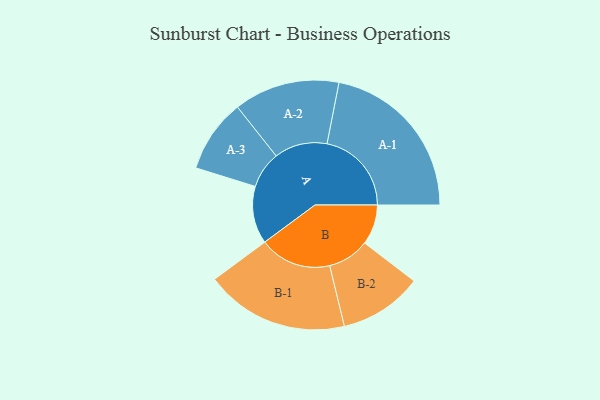
{"axis": {"x": "Segment", "y": "Value"}, "legend": ["", "A", "B"], "data": [{"x": "A", "y": 188, "type": ""}, {"x": "B", "y": 131, "type": ""}, {"x": "A-1", "y": 276, "type": "A"}, {"x": "A-2", "y": 173, "type": "A"}, {"x": "A-3", "y": 120, "type": "A"}, {"x": "B-1", "y": 235, "type": "B"}, {"x": "B-2", "y": 136, "type": "B"}]}